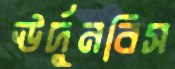
ঊর্দুনবিস